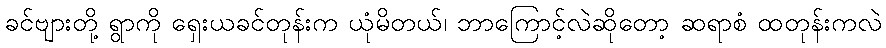
ခင်ဗျားတို့ ရွာကို ရှေးယခင်တုန်းက ယုံမိတယ်၊ ဘာကြောင့်လဲဆိုတော့ ဆရာစံ ထတုန်းကလဲ